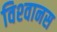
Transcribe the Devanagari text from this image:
विश्‍वानस